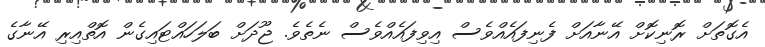
އެގޮތަށް ރޮނިކޮށް އޭނާއަށް ފެނިފައެއްވެސް އިވިފައެއްވެސް ނެތެވެ. ޖޫދަށް ބަލަހައްޓައިގެން އޮތްއިރި އޭނާގެ